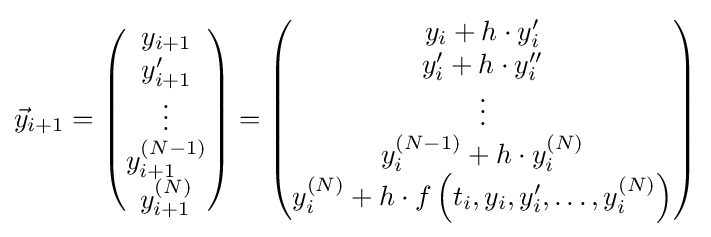
{\vec {y}}_{i+1}={\begin{pmatrix}y_{i+1}\\y'_{i+1}\\\vdots \\y_{i+1}^{(N-1)}\\y_{i+1}^{(N)}\end{pmatrix}}={\begin{pmatrix}y_{i}+h\cdot y'_{i}\\y'_{i}+h\cdot y''_{i}\\\vdots \\y_{i}^{(N-1)}+h\cdot y_{i}^{(N)}\\y_{i}^{(N)}+h\cdot f\left(t_{i},y_{i},y'_{i},\ldots ,y_{i}^{(N)}\right)\end{pmatrix}}